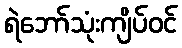
ရဲဘော်သုံးကျိပ်ဝင်